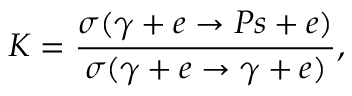
{ \cal K } = \frac { \sigma ( \gamma + e \rightarrow P s + e ) } { \sigma ( \gamma + e \rightarrow \gamma + e ) } ,